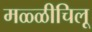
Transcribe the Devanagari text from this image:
मळ्ळीचिलू